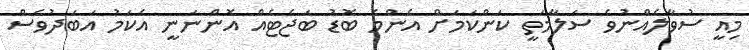
މިއީ ސުވާލެއްނުވެ ސަލާމަތީ ކަންކަމަށް އެންމެ ބޮޑު ބަޖެޓެއް އޮންނަނީ އެކަމަު އަބަދުވެސް